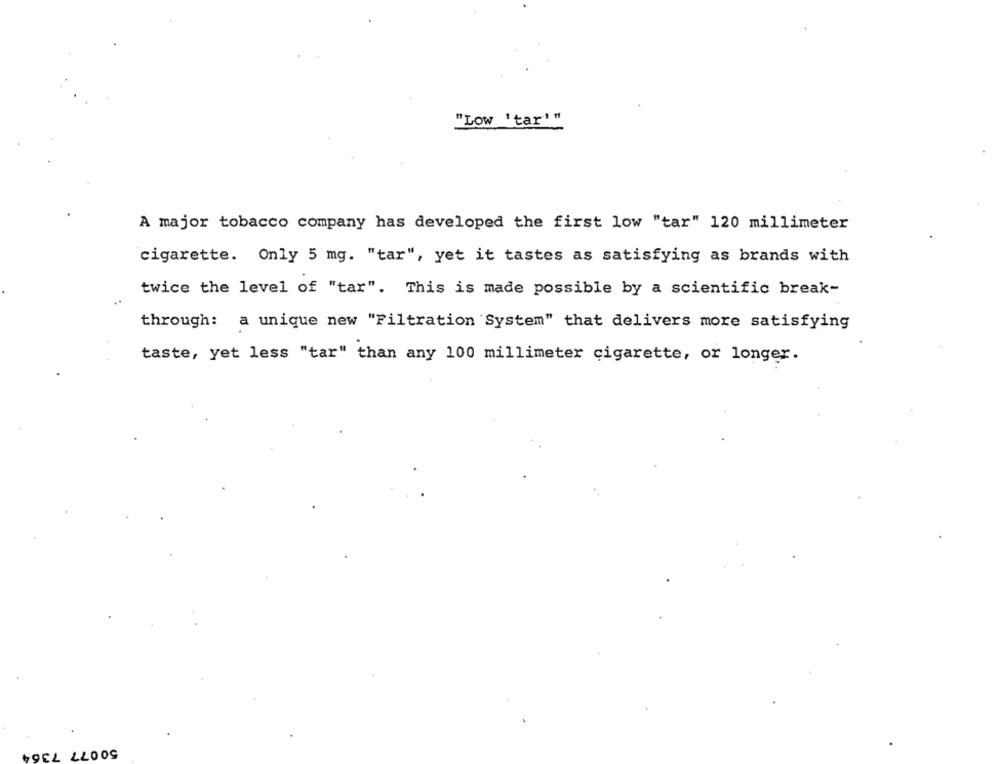
"Low 'tar'"
A major tobacco company has developed the first low "tar" 120 millimeter
cigarette. Only 5 mg. "tar", yet it tastes as satisfying as brands with
twice the level of "tar". This is made possible by a scientific break-
through: a unique new "Filtration System" that delivers more satisfying
taste, yet less "tar" than any 100 millimeter cigarette, or longer.